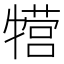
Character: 𱭰